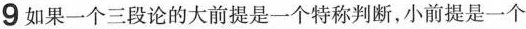
9如果一个三段论的大前提是一个特称判断，小前提是一个